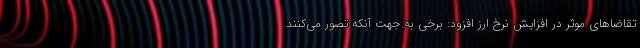
تقاضاهای موثر در افزایش نرخ ارز افزود: برخی به جهت آنکه تصور می‌کنند